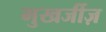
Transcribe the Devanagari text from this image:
मुखर्जीज़